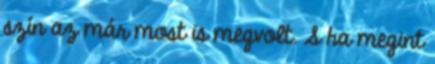
szín az már most is megvolt. S ha megint